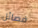
فصائل